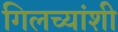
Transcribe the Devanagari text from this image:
गिलच्यांशी